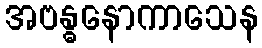
အဗန္ဓနောကာသေန